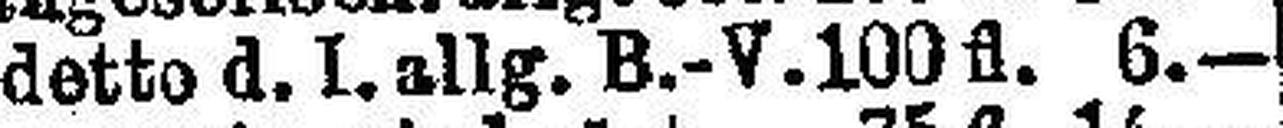
detto d. I. allg. B.-V. 100 fl. 6.—